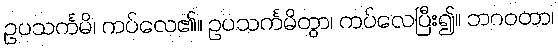
ဥပသင်္ကမိ၊ ကပ်လေ၏။ ဥပသင်္ကမိတွာ၊ ကပ်လေပြီး၍။ ဘဂဝတာ၊